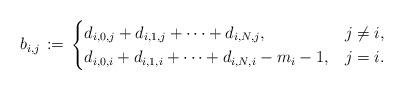
LaTeX: \begin{align*}b_{i,j} \,\coloneqq\,\begin{cases}d_{i,0,j}+d_{i,1,j}+\dots+d_{i,N,j}, & j \ne i , \\d_{i,0,i}+d_{i,1,i}+\dots+d_{i,N,i} - m_i-1, & j=i .\end{cases}\end{align*}